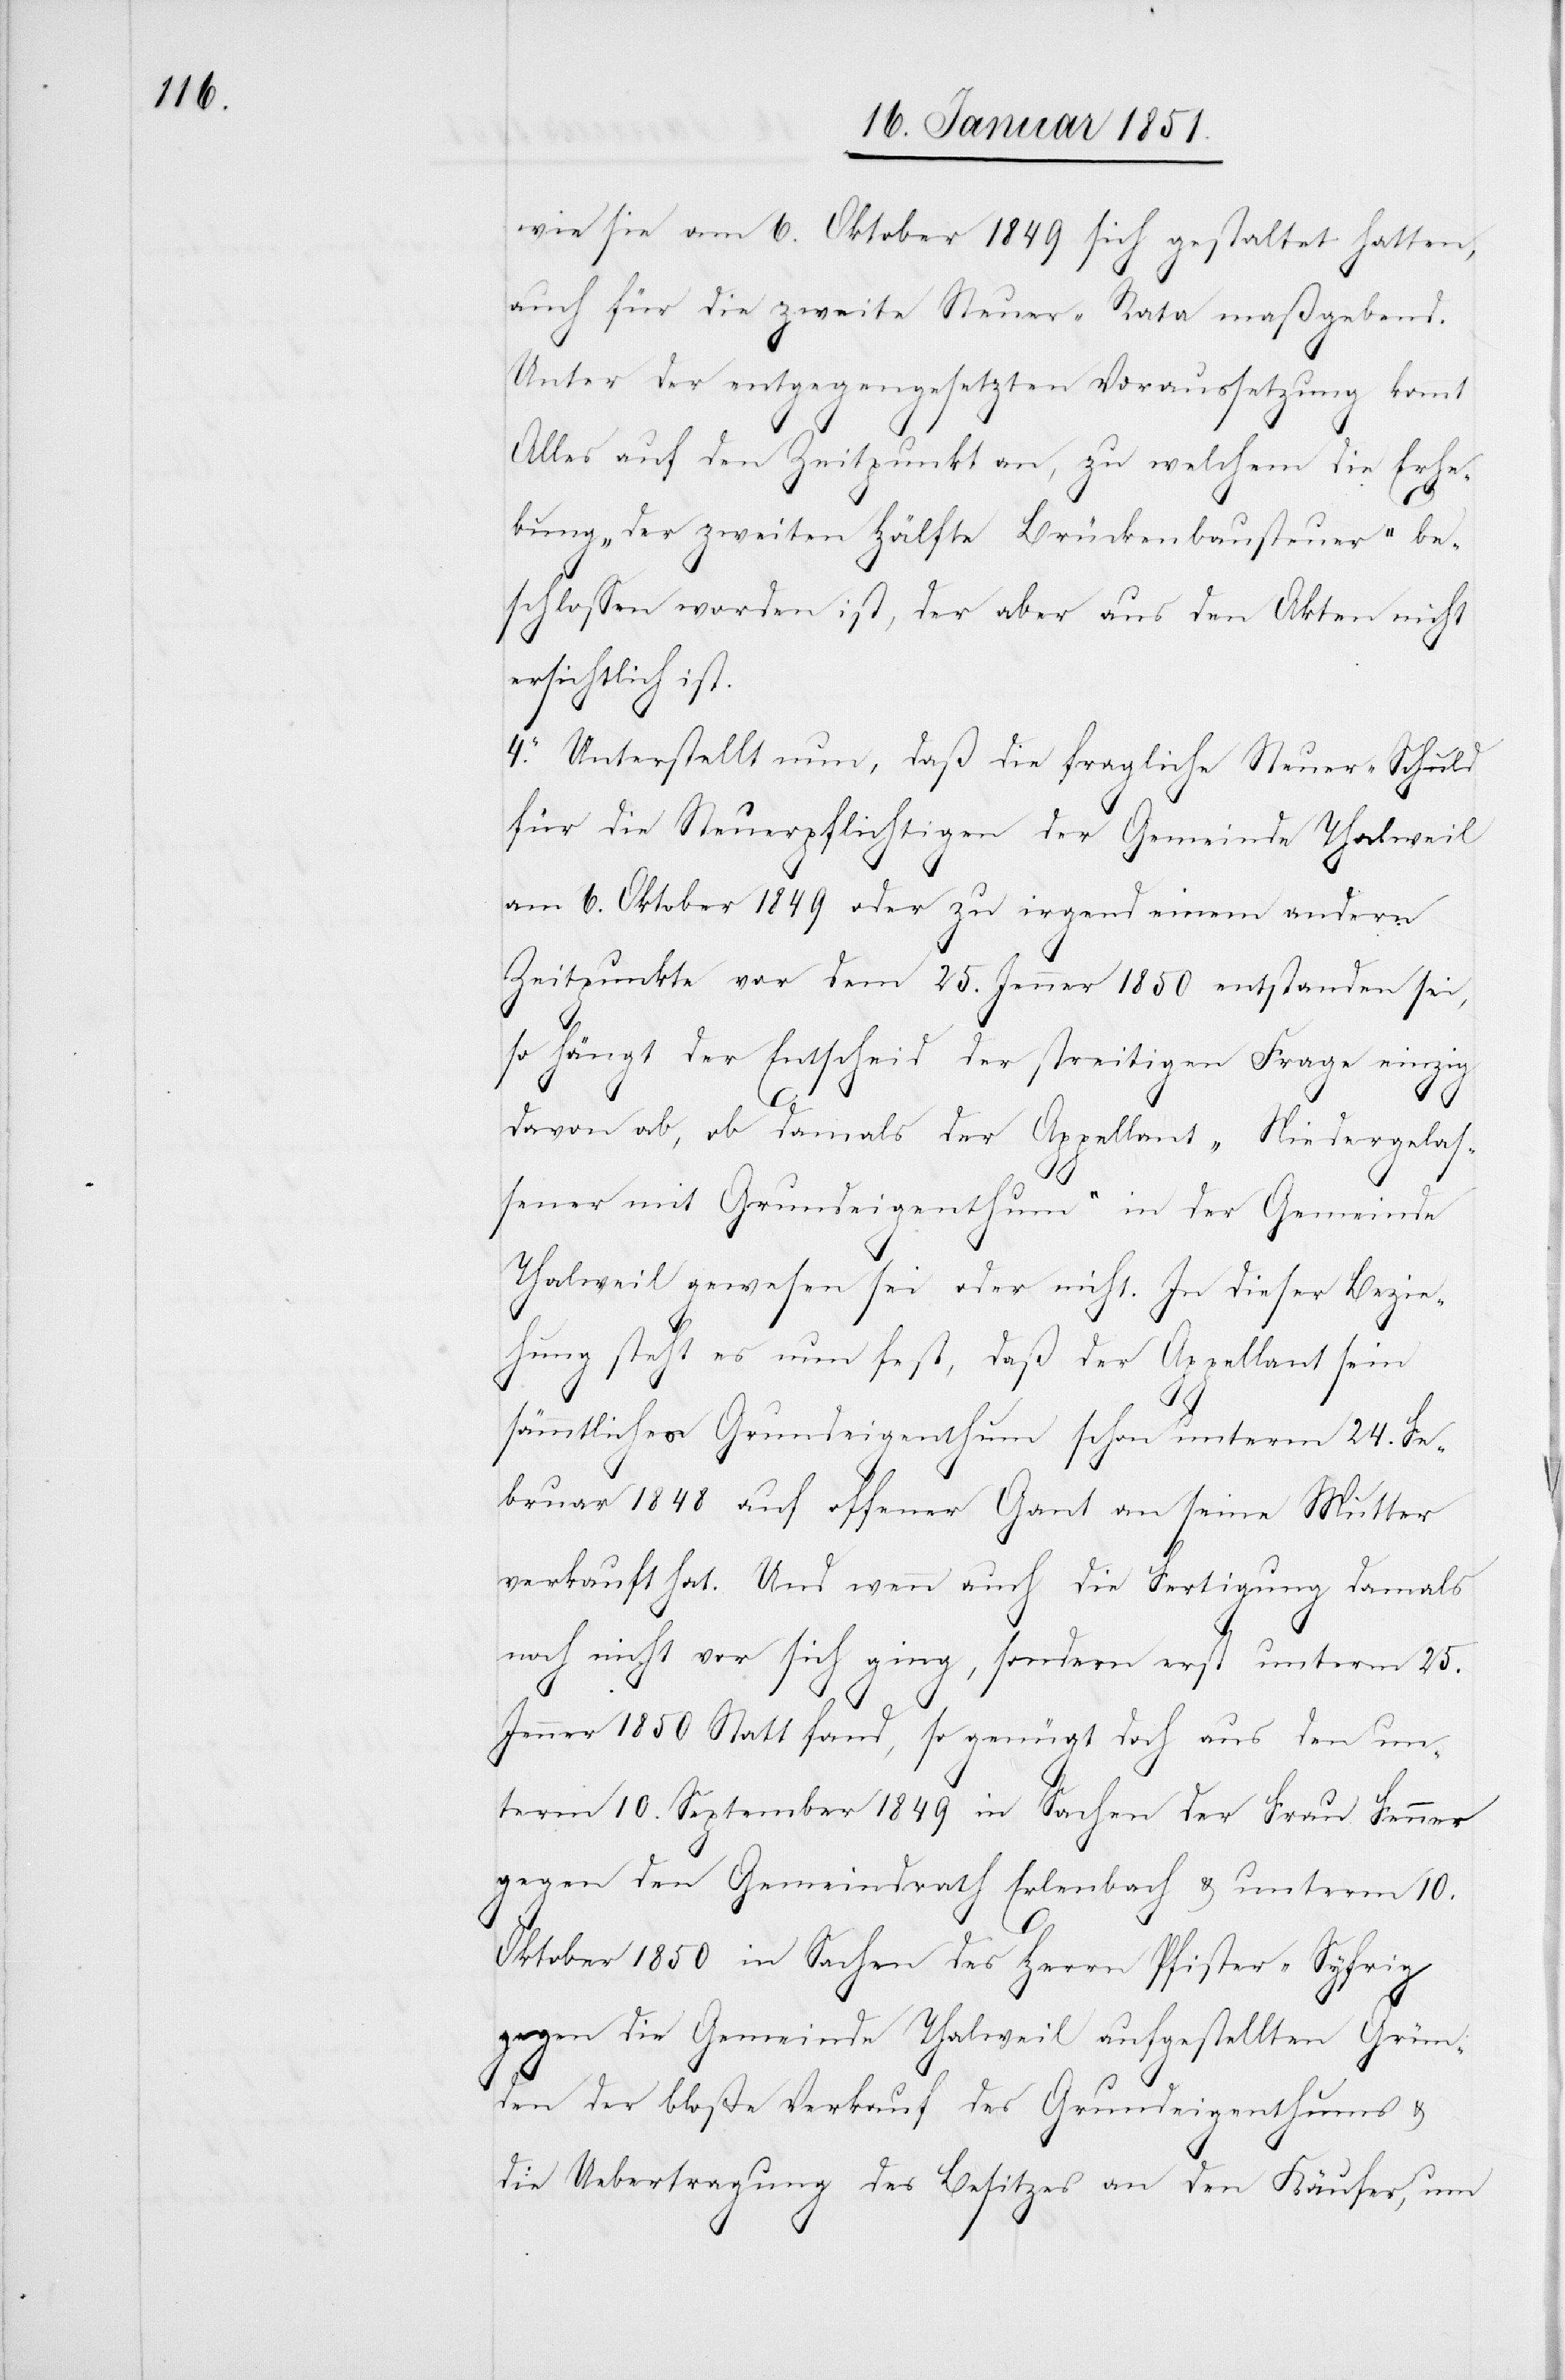
wie sie am 6. Oktober 1849 sich gestaltet hatten,
auch für die zweite Steuer-Rata maßgebend.
Unter der entgegengesetzten Voraussetzung kommt
Alles auf den Zeitpunkt an, zu welchem die Erhe¬
bung „der zweiten Hälfte Brückenbausteuer“ be¬
schlossen worden ist, der aber aus den Akten nicht
ersichtlich ist.
4. Unterstellt [man] nun, daß die fragliche Steuer-Schuld
für die Steuerpflichtigen der Gemeinde Thalweil
am 6. Oktober 1849 oder zu irgend einem andern
Zeitpunkte vor dem 25. Jenner 1850 entstanden sei,
so hängt der Entscheid der streitigen Frage einzig
davon ab, ob damals der Appellant „Niedergelas¬
sener mit Grundeigenthum“ in der Gemeinde
Thalweil gewesen sei oder nicht. In dieser Bezie¬
hung steht es nun fest, daß der Appellant sein
sämmtliches Grundeigenthum schon unterm 24. Fe¬
bruar 1848 auf offener Gant an seine Mutter
verkauft hat. Und wenn auch die Fertigung damals
noch nicht vor sich ging, sondern erst unterm 25.
Jenner 1850 Statt fand, so genügt doch aus den un¬
term 10. September 1849 in Sachen der Frau Fenner
gegen den Gemeindrath Erlenbach & unterm 10.
Oktober 1850 in Sachen des Herrn Pfister-Syfrig
gegen die Gemeinde Thalweil aufgestellten Grün¬
den der bloße Verkauf des Grundeigenthums &
die Uebertragung des Besitzes an den Käufer, um